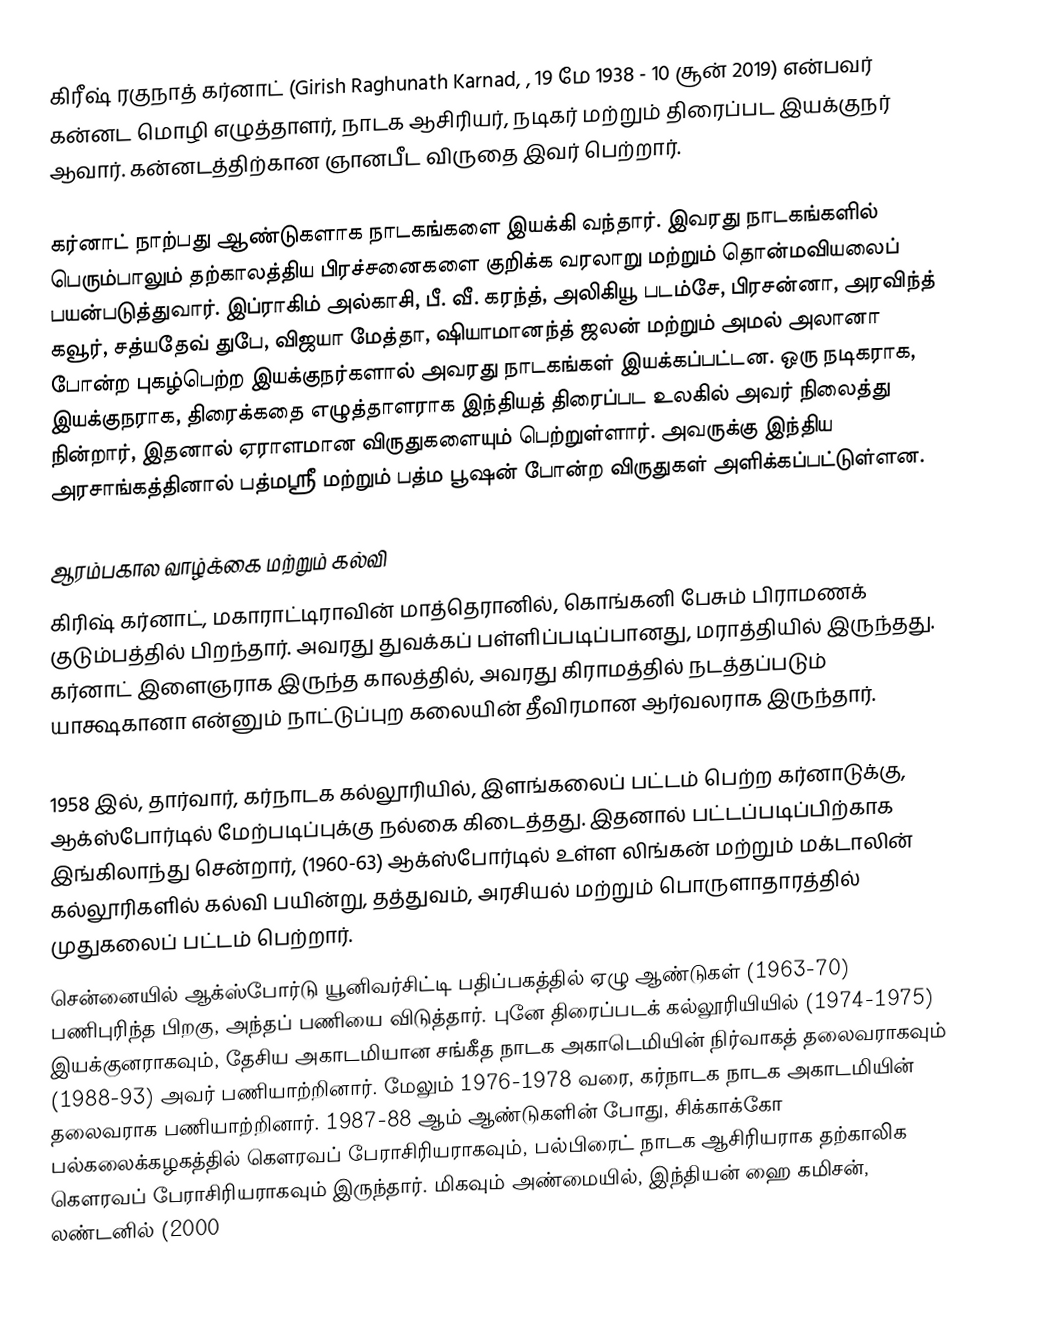
கிரீஷ் ரகுநாத் கர்னாட்  (Girish Raghunath Karnad, , 19 மே 1938 - 10 சூன் 2019) என்பவர் கன்னட மொழி எழுத்தாளர், நாடக ஆசிரியர், நடிகர் மற்றும் திரைப்பட இயக்குநர் ஆவார். கன்னடத்திற்கான ஞானபீட விருதை இவர் பெற்றார்.

கர்னாட் நாற்பது ஆண்டுகளாக நாடகங்களை இயக்கி வந்தார். இவரது நாடகங்களில் பெரும்பாலும் தற்காலத்திய பிரச்சனைகளை குறிக்க வரலாறு மற்றும் தொன்மவியலைப் பயன்படுத்துவார். இப்ராகிம் அல்காசி, பீ. வீ. கரந்த், அலிகியூ படம்சே, பிரசன்னா, அரவிந்த் கவூர், சத்யதேவ் துபே, விஜயா மேத்தா, ஷியாமானந்த் ஜலன் மற்றும் அமல் அலானா போன்ற புகழ்பெற்ற இயக்குநர்களால் அவரது நாடகங்கள் இயக்கப்பட்டன. ஒரு நடிகராக, இயக்குநராக, திரைக்கதை எழுத்தாளராக இந்தியத் திரைப்பட உலகில் அவர் நிலைத்து நின்றார், இதனால் ஏராளமான விருதுகளையும் பெற்றுள்ளார். அவருக்கு இந்திய அரசாங்கத்தினால் பத்மஸ்ரீ மற்றும் பத்ம பூஷன் போன்ற விருதுகள் அளிக்கப்பட்டுள்ளன.

ஆரம்பகால வாழ்க்கை மற்றும் கல்வி
கிரிஷ் கர்னாட், மகாராட்டிராவின் மாத்தெரானில், கொங்கனி பேசும் பிராமணக் குடும்பத்தில் பிறந்தார். அவரது துவக்கப் பள்ளிப்படிப்பானது, மராத்தியில் இருந்தது. கர்னாட் இளைஞராக இருந்த காலத்தில், அவரது கிராமத்தில் நடத்தப்படும் யாக்ஷகானா என்னும் நாட்டுப்புற கலையின் தீவிரமான ஆர்வலராக இருந்தார்.

1958 இல், தார்வார், கர்நாடக கல்லூரியில்,  இளங்கலைப் பட்டம் பெற்ற கர்னாடுக்கு, ஆக்ஸ்போர்டில் மேற்படிப்புக்கு நல்கை கிடைத்தது. இதனால்  பட்டப்படிப்பிற்காக இங்கிலாந்து சென்றார், (1960-63) ஆக்ஸ்போர்டில் உள்ள லிங்கன் மற்றும் மக்டாலின் கல்லூரிகளில் கல்வி பயின்று, தத்துவம், அரசியல் மற்றும் பொருளாதாரத்தில் முதுகலைப் பட்டம் பெற்றார்.
சென்னையில் ஆக்ஸ்போர்டு யூனிவர்சிட்டி பதிப்பகத்தில் ஏழு ஆண்டுகள் (1963-70) பணிபுரிந்த பிறகு, அந்தப் பணியை விடுத்தார். புனே திரைப்படக் கல்லூரியியில் (1974-1975) இயக்குனராகவும்,   தேசிய அகாடமியான சங்கீத நாடக அகாடெமியின் நிர்வாகத் தலைவராகவும் (1988-93) அவர் பணியாற்றினார்.  மேலும் 1976-1978 வரை, கர்நாடக நாடக அகாடமியின் தலைவராக பணியாற்றினார். 1987-88 ஆம் ஆண்டுகளின் போது, சிக்காக்கோ பல்கலைக்கழகத்தில் கெளரவப் பேராசிரியராகவும், பல்பிரைட் நாடக ஆசிரியராக தற்காலிக கெளரவப் பேராசிரியராகவும் இருந்தார்.  மிகவும் அண்மையில், இந்தியன் ஹை கமிசன், லண்டனில் (2000